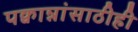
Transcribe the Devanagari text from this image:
पक्वान्नांसाठीही